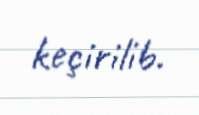
keçirilib.